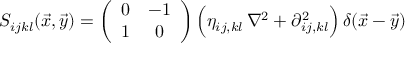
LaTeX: S _ { i j k l } ( \vec { x } , \vec { y } ) = \left( \begin{array} { c c } { { 0 } } & { { - 1 } } \\ { { 1 } } & { { 0 } } \end{array} \right) \Bigl ( \eta _ { i j , k l } \, \nabla ^ { 2 } + \partial _ { i j , k l } ^ { 2 } \Bigr ) \, \delta ( \vec { x } - \vec { y } )